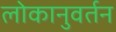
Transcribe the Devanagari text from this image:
लोकानुवर्तन